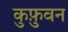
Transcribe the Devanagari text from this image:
कुफ़ुवन